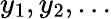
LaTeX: y_{1},y_{2},\dotsc